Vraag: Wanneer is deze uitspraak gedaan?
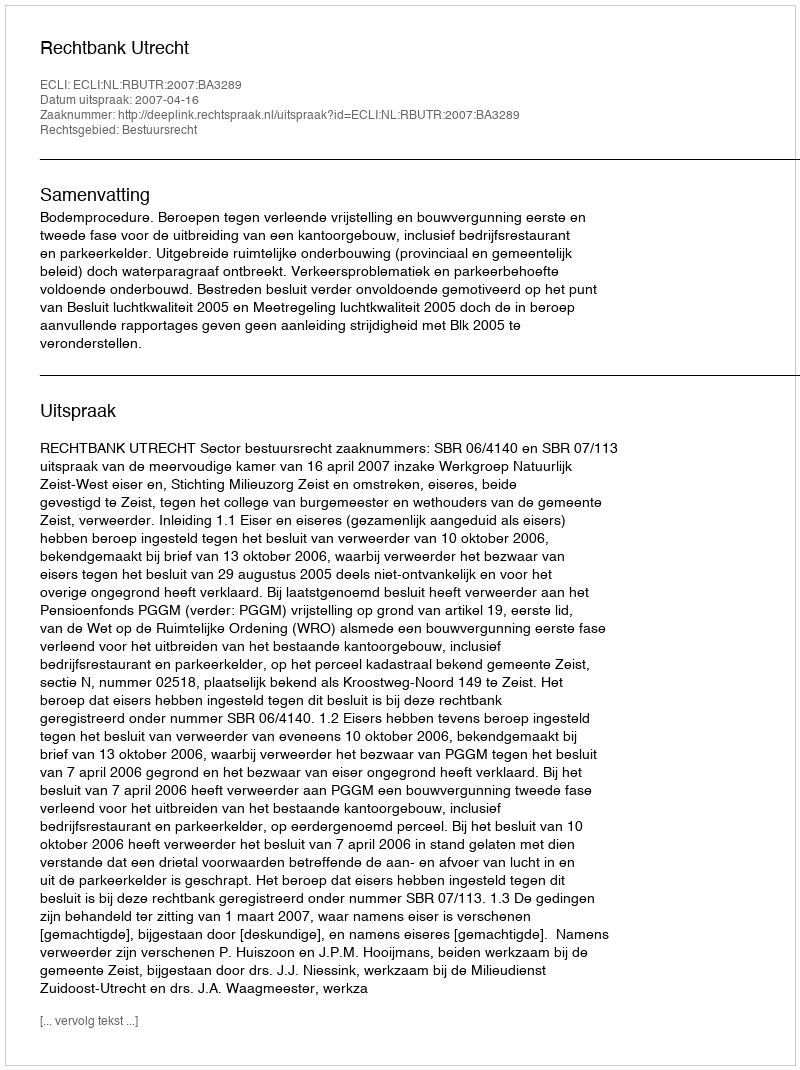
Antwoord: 2007-04-16